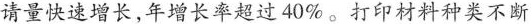
请量快速增长,年增长率超过40\%。打印材料种类不断